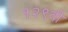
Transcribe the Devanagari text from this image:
१२९वी